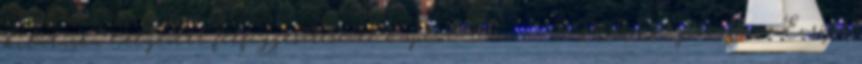
kilátásba helyezett felfüggesztésével kapcsolatosan az RMDSZ jelezte: az Európa